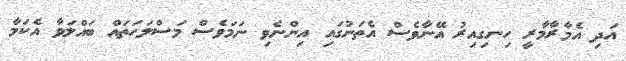
އަދި އެމާރާމާރީ ހިނގިއިރު އޭނާވެސް އެތަނުގައި އިންނެވި ނަމަވެސް މަސްލަހަތައް ބައްލަވާ އެކަމާ